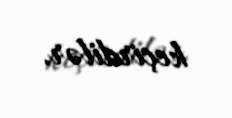
keçirdilər.